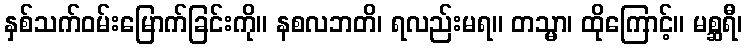
နှစ်သက်ဝမ်းမြောက်ခြင်းကို။ နစလဘတိ၊ ရလည်းမရ။ တသ္မာ၊ ထိုကြောင့်။ မစ္ဆရီ၊